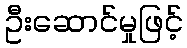
ဦးဆောင်မှုဖြင့်